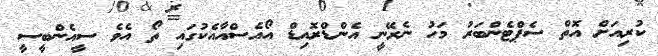
ކުރިއަށް އޮތް ސެޕްޓެންބަރު މަހު ނެރޭނީ އެންޑްރޮއިޑް އޯއެސްއާއެކުގައި ތޯ އެވެ ސީއެންބީސީ